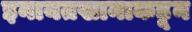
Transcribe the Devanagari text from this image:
इनायतखानाकडून